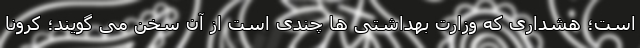
است؛ هشداری که وزارت بهداشتی ها چندی است از آن سخن می گویند؛ کرونا